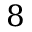
8